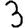
Digit: 3